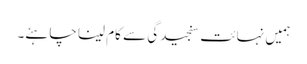
ہمیں نہائت سنجیدگی سے کام لینا چاہئے۔